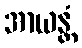
အာယန္တံ